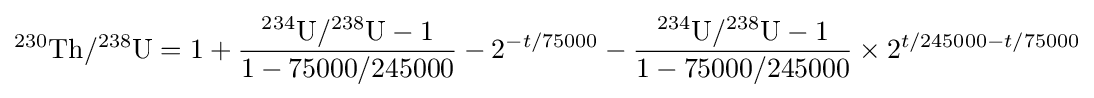
^{230}{\text{Th}}/^{238}{\text{U}}=1+{\frac {^{234}{\text{U}}/^{238}{\text{U}}-1}{1-75000/245000}}-2^{-t/75000}-{\frac {^{234}{\text{U}}/^{238}{\text{U}}-1}{1-75000/245000}}\times 2^{t/245000-t/75000}